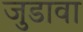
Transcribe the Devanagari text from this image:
जुडावा